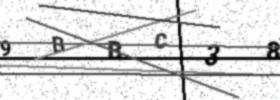
Text: 9BBC38